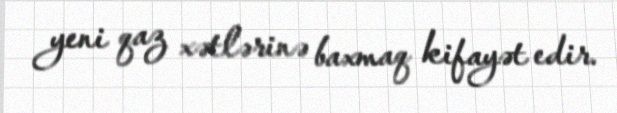
yeni qaz xətlərinə baxmaq kifayət edir.